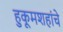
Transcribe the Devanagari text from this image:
हुकूमशहांचे